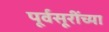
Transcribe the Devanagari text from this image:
पूर्वसूरींच्या